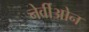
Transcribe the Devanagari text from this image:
नेर्वीओन